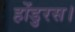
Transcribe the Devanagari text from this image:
होंडुरस।